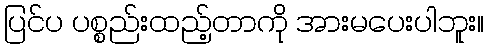
ပြင်ပ ပစ္စည်းထည့်တာကို အားမပေးပါဘူး။